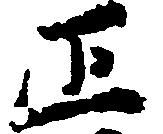
正